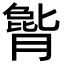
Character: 𪱫